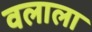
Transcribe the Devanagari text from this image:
वलाला